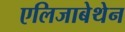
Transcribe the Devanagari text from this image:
एलिजाबेथेन